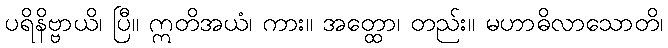
ပရိနိဗ္ဗာယိ၊ ပြီ။ ဣတိအယံ၊ ကား။ အတ္ထော၊ တည်း။ မဟာဓိလာသောတိ၊